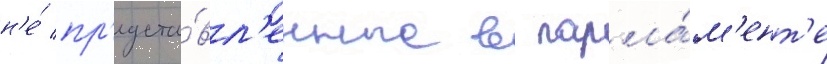
н'е́ пр'едста́вл'енные в парла́м'ент'е